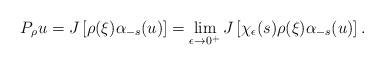
LaTeX: \begin{align*} P_\rho u=J\left[\rho(\xi)\alpha_{-s}(u)\right] = \lim_{\epsilon \rightarrow 0^{+}} J\left[\chi_\epsilon(s) \rho(\xi)\alpha_{-s}(u)\right]. \end{align*}